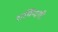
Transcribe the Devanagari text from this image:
शर्मिंन्दगी